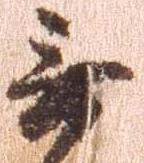
無